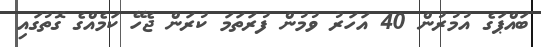
ބައްޕަގެ އުމުރުން 40 އަހަރު ވުމުން ފުރަތަމަ ކުރަން ޖެހޭ ކަމެއްގެ ގޮތުގައި